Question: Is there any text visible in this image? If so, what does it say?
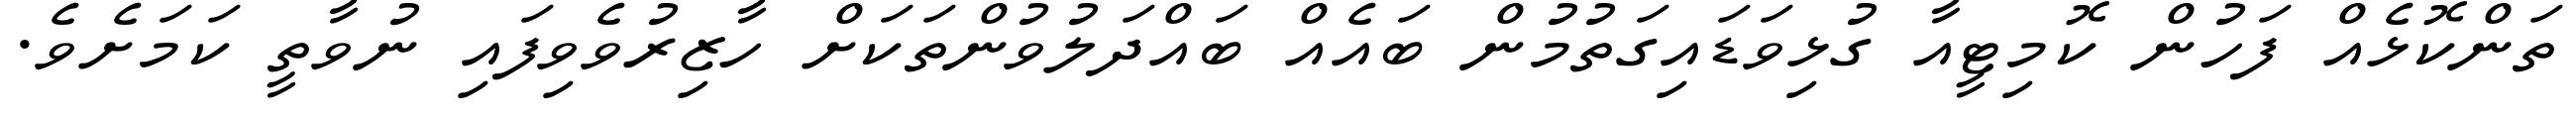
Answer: ތަންކޮޅެއް ފަހުން ކޮމިޓީއާ ގުޅިވަޑައިގަތުމުން ބައެއް ބައްދަލުވުންތަކަށް ހާޒިރުވެވިފައި ނުވާތީ ކަމަށެވެ.